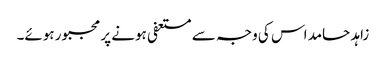
زاہد حامد اس کی وجہ سے مستعفی ہونے پر مجبور ہوئے۔